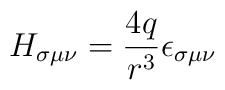
H_{\sigma\mu\nu} = \frac{4q}{r^3} \epsilon_{\sigma\mu\nu}